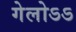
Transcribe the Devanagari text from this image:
गेलोऽऽ